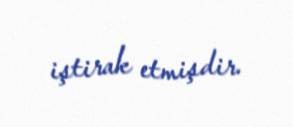
iştirak etmişdir.